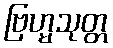
ဗြဟ္မသုတ္တ